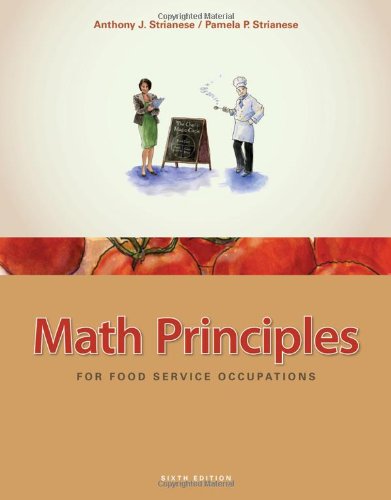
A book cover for Math Principles for Food Service Occupations; Anthony J. Strianese; Business & Money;